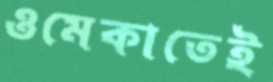
ওমেকাতেই